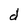
Character: d